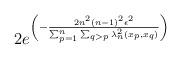
LaTeX: \begin{align*}2e^{\left(-\frac{2n^2(n-1)^2\epsilon^2}{\sum_{p=1}^{n}{\sum_{q>p}{\lambda^2_n(x_p,x_q)}}}\right)} \end{align*}